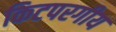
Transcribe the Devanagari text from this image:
किटपरगीय